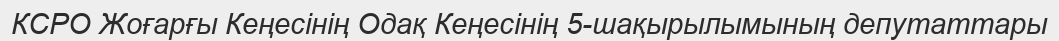
КСРО Жоғарғы Кеңесінің Одақ Кеңесінің 5-шақырылымының депутаттары